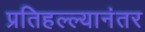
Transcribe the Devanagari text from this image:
प्रतिहल्ल्यानंतर